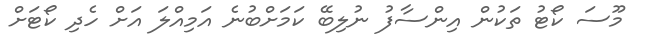
މޫސަ ކޯޓު ތަކުން އިންސާފު ނުލިބޭ ކަމަށްބުނެ އަމިއްލަ އަށް ހެދި ކޯޓަށް